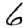
Digit: 6